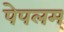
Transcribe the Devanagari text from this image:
पेपलम्